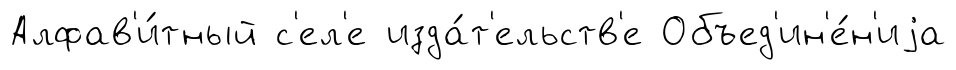
Алфав'и́тный с'ел'е изда́т'ельств'е Объед'ин'е́н'иjа